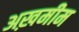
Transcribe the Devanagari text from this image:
अख़मीम